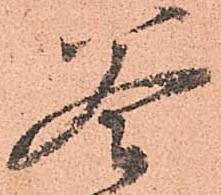
釜